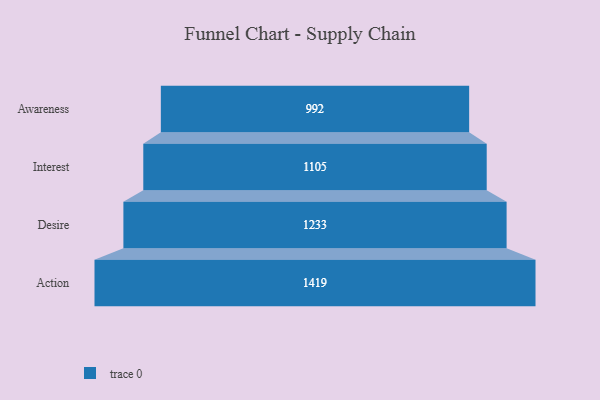
{"axis": {"x": "Stage", "y": "Value"}, "legend": [""], "data": [{"x": "Awareness", "y": 992.0, "type": ""}, {"x": "Interest", "y": 1105.0, "type": ""}, {"x": "Desire", "y": 1233.0, "type": ""}, {"x": "Action", "y": 1419.0, "type": ""}]}